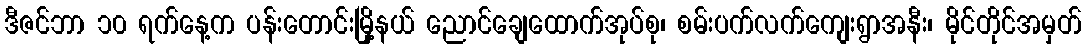
ဒီဇင်ဘာ ၁၀ ရက်နေ့က ပန်းတောင်းမြို့နယ် ညောင်ချေထောက်အုပ်စု၊ စမ်းပက်လက်ကျေးရွာအနီး၊ မိုင်တိုင်အမှတ်